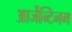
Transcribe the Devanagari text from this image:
आर्जेन्टिनम